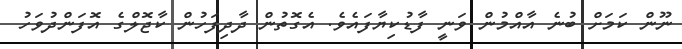
ނޫން ކަމަށް ބުނެ އާއްމުން ވަނީ ފާޑުކިޔާފައެވެ. އެގޮތުން ދާދިފަހުން ކާޖޮލްގެ އޮފަންދުވަހު